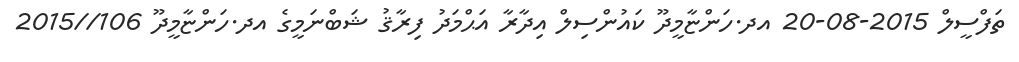
ތަފްސީލް 2015-08-20 އދ.ހަންޏާމީދޫ ކައުންސިލް އިދާރާ އަޙްމަދު ފިރާޤު ޝަބްނަމީގެ އދ.ހަންޏާމީދޫ 106//2015